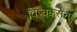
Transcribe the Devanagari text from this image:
विष्वकसेन